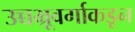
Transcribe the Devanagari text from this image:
उच्चभ्रूवर्गाकडून